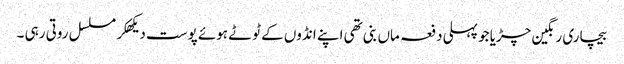
بیچاری رنگین چڑیا جو پہلی دفعہ ماں بنی تھی اپنے انڈوں کے ٹوٹے ہوئے پوست دیکھکر مسلسل روتی رہی ۔